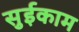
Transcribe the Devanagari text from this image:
सुईकाम